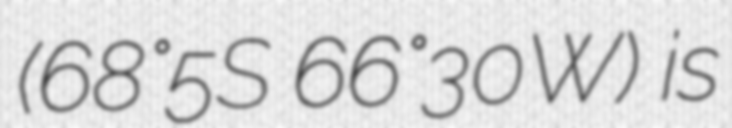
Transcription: (68°5′S 66°30′W) is